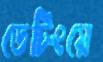
ডেটিংয়ে